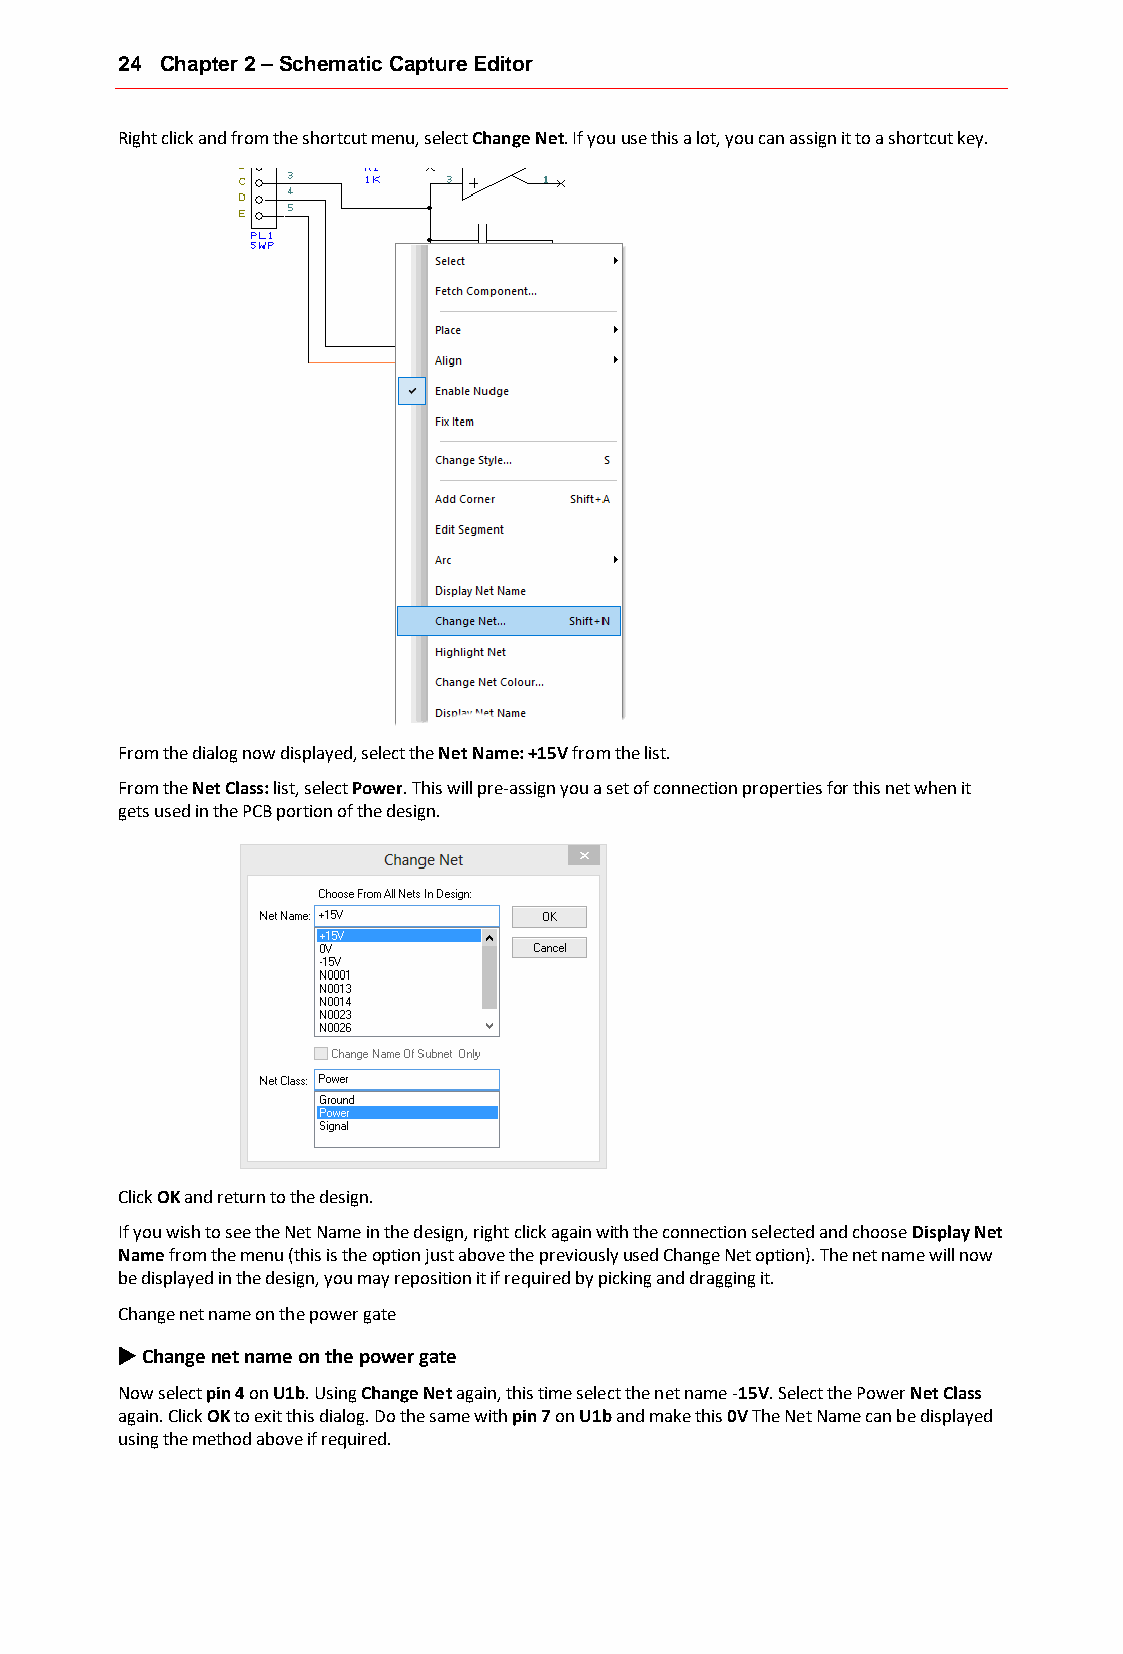
24 Chapter 2 – Schematic Capture Editor
 Right click and from the shortcut menu, select Change Net. If you use this a lot, you can assign it to a shortcut key.
 From the dialog now displayed, select the Net Name: +15V from the list.
 From the Net Class: list, select Power. This will pre-assign you a set of connection properties for this net when it
 gets used in the PCB portion of the design.
 Click OK and return to the design.
 If you wish to see the Net Name in the design, right click again with the connection selected and choose Display Net
 Name from the menu (this is the option just above the previously used Change Net option). The net name will now
 be displayed in the design, you may reposition it if required by picking and dragging it.
 Change net name on the power gate
 u Change net name on the power gate
 Now select pin 4 on U1b. Using Change Net again, this time select the net name -15V. Select the Power Net Class
 again. Click OK to exit this dialog. Do the same with pin 7 on U1b and make this 0V The Net Name can be displayed
 using the method above if required.